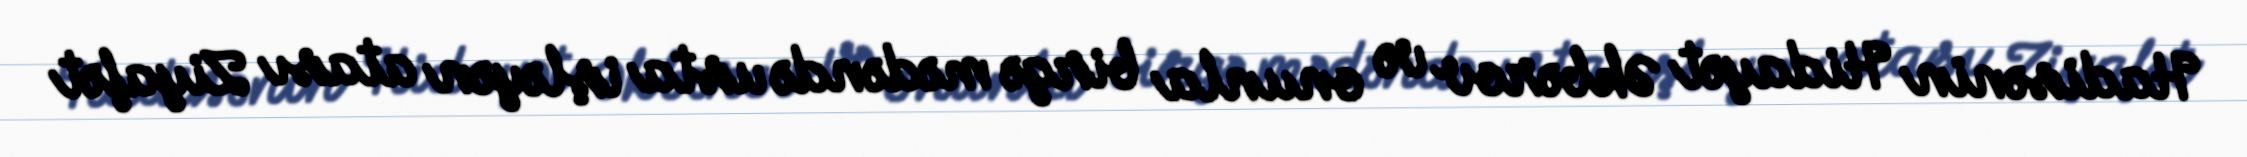
Hadisənin Hidayət Əkbərov və onunla birgə mədəndə usta işləyən atası Ziyafət